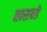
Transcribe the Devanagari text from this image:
तासवडे